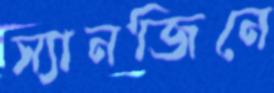
স্যানজিনে